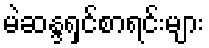
မဲဆန္ဒရှင်စာရင်းများ